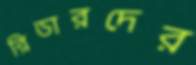
রিডারদের